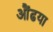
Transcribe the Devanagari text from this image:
औंढया